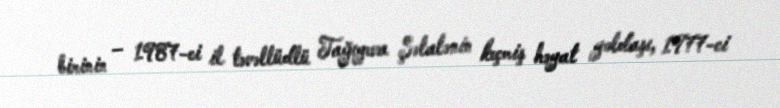
birinin – 1987-ci il təvəllüdlü Tağıyeva Şəlalənin keçmiş həyat yoldaşı, 1977-ci